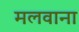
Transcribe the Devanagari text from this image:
मलवाना